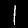
Digit: 1